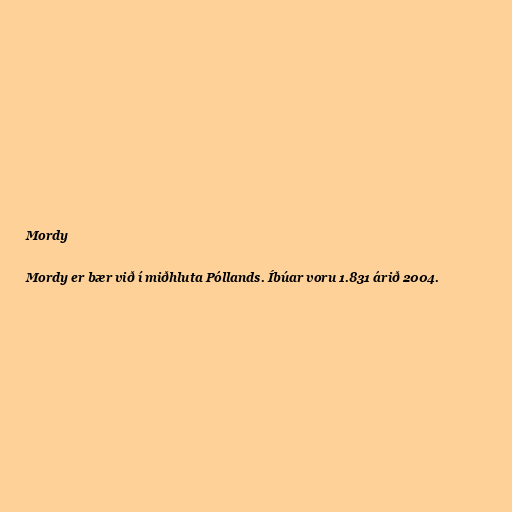
Mordy

Mordy er bær við í miðhluta Póllands. Íbúar voru 1.831 árið 2004.